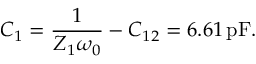
C _ { 1 } = \frac { 1 } { Z _ { 1 } \omega _ { 0 } } - C _ { 1 2 } = 6 . 6 1 \, \mathrm { p F } .